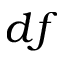
d f